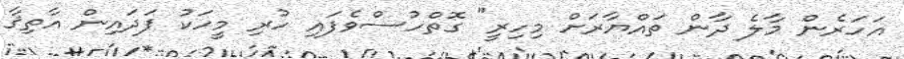
އަހަރެން މާލެ ދާން ތައްޔާރަށް މިހިރީ" ގޮތްހުސްވެފައި ހުރި މީހަކު ފަދައިން އާތިޤާ